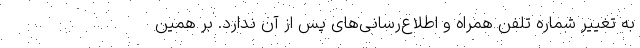
به تغییر شماره تلفن همراه و اطلاع‌رسانی‌های پس از آن ندارد. بر همین